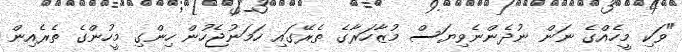
"ވަކި މީހެއްގެ ނަން ނުދެންނެވިޔަސް މުޒާހަރާގެ ތެރޭގައި ހަމަނުޖެހުން ހިންގި މީހުންގެ ތެރެއިން